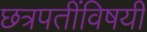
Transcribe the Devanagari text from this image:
छत्रपतींविषयी